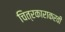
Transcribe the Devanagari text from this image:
चित्रकाराकरवी